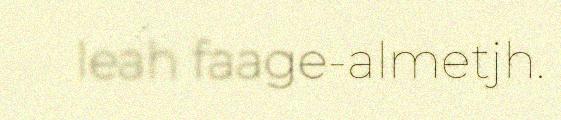
leah faage-almetjh.